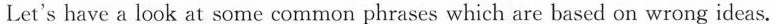
Let's have a look at some common phrases which are based on wrong ideas.